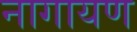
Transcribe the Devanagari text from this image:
नागायण